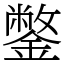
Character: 鐅